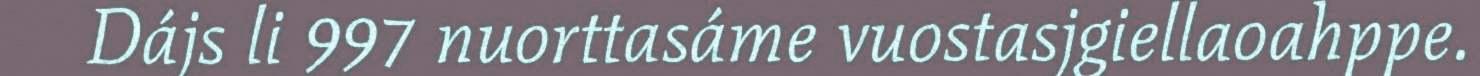
Dájs li 997 nuorttasáme vuostasjgiellaoahppe.